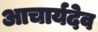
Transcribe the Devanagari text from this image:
आचार्यदेव